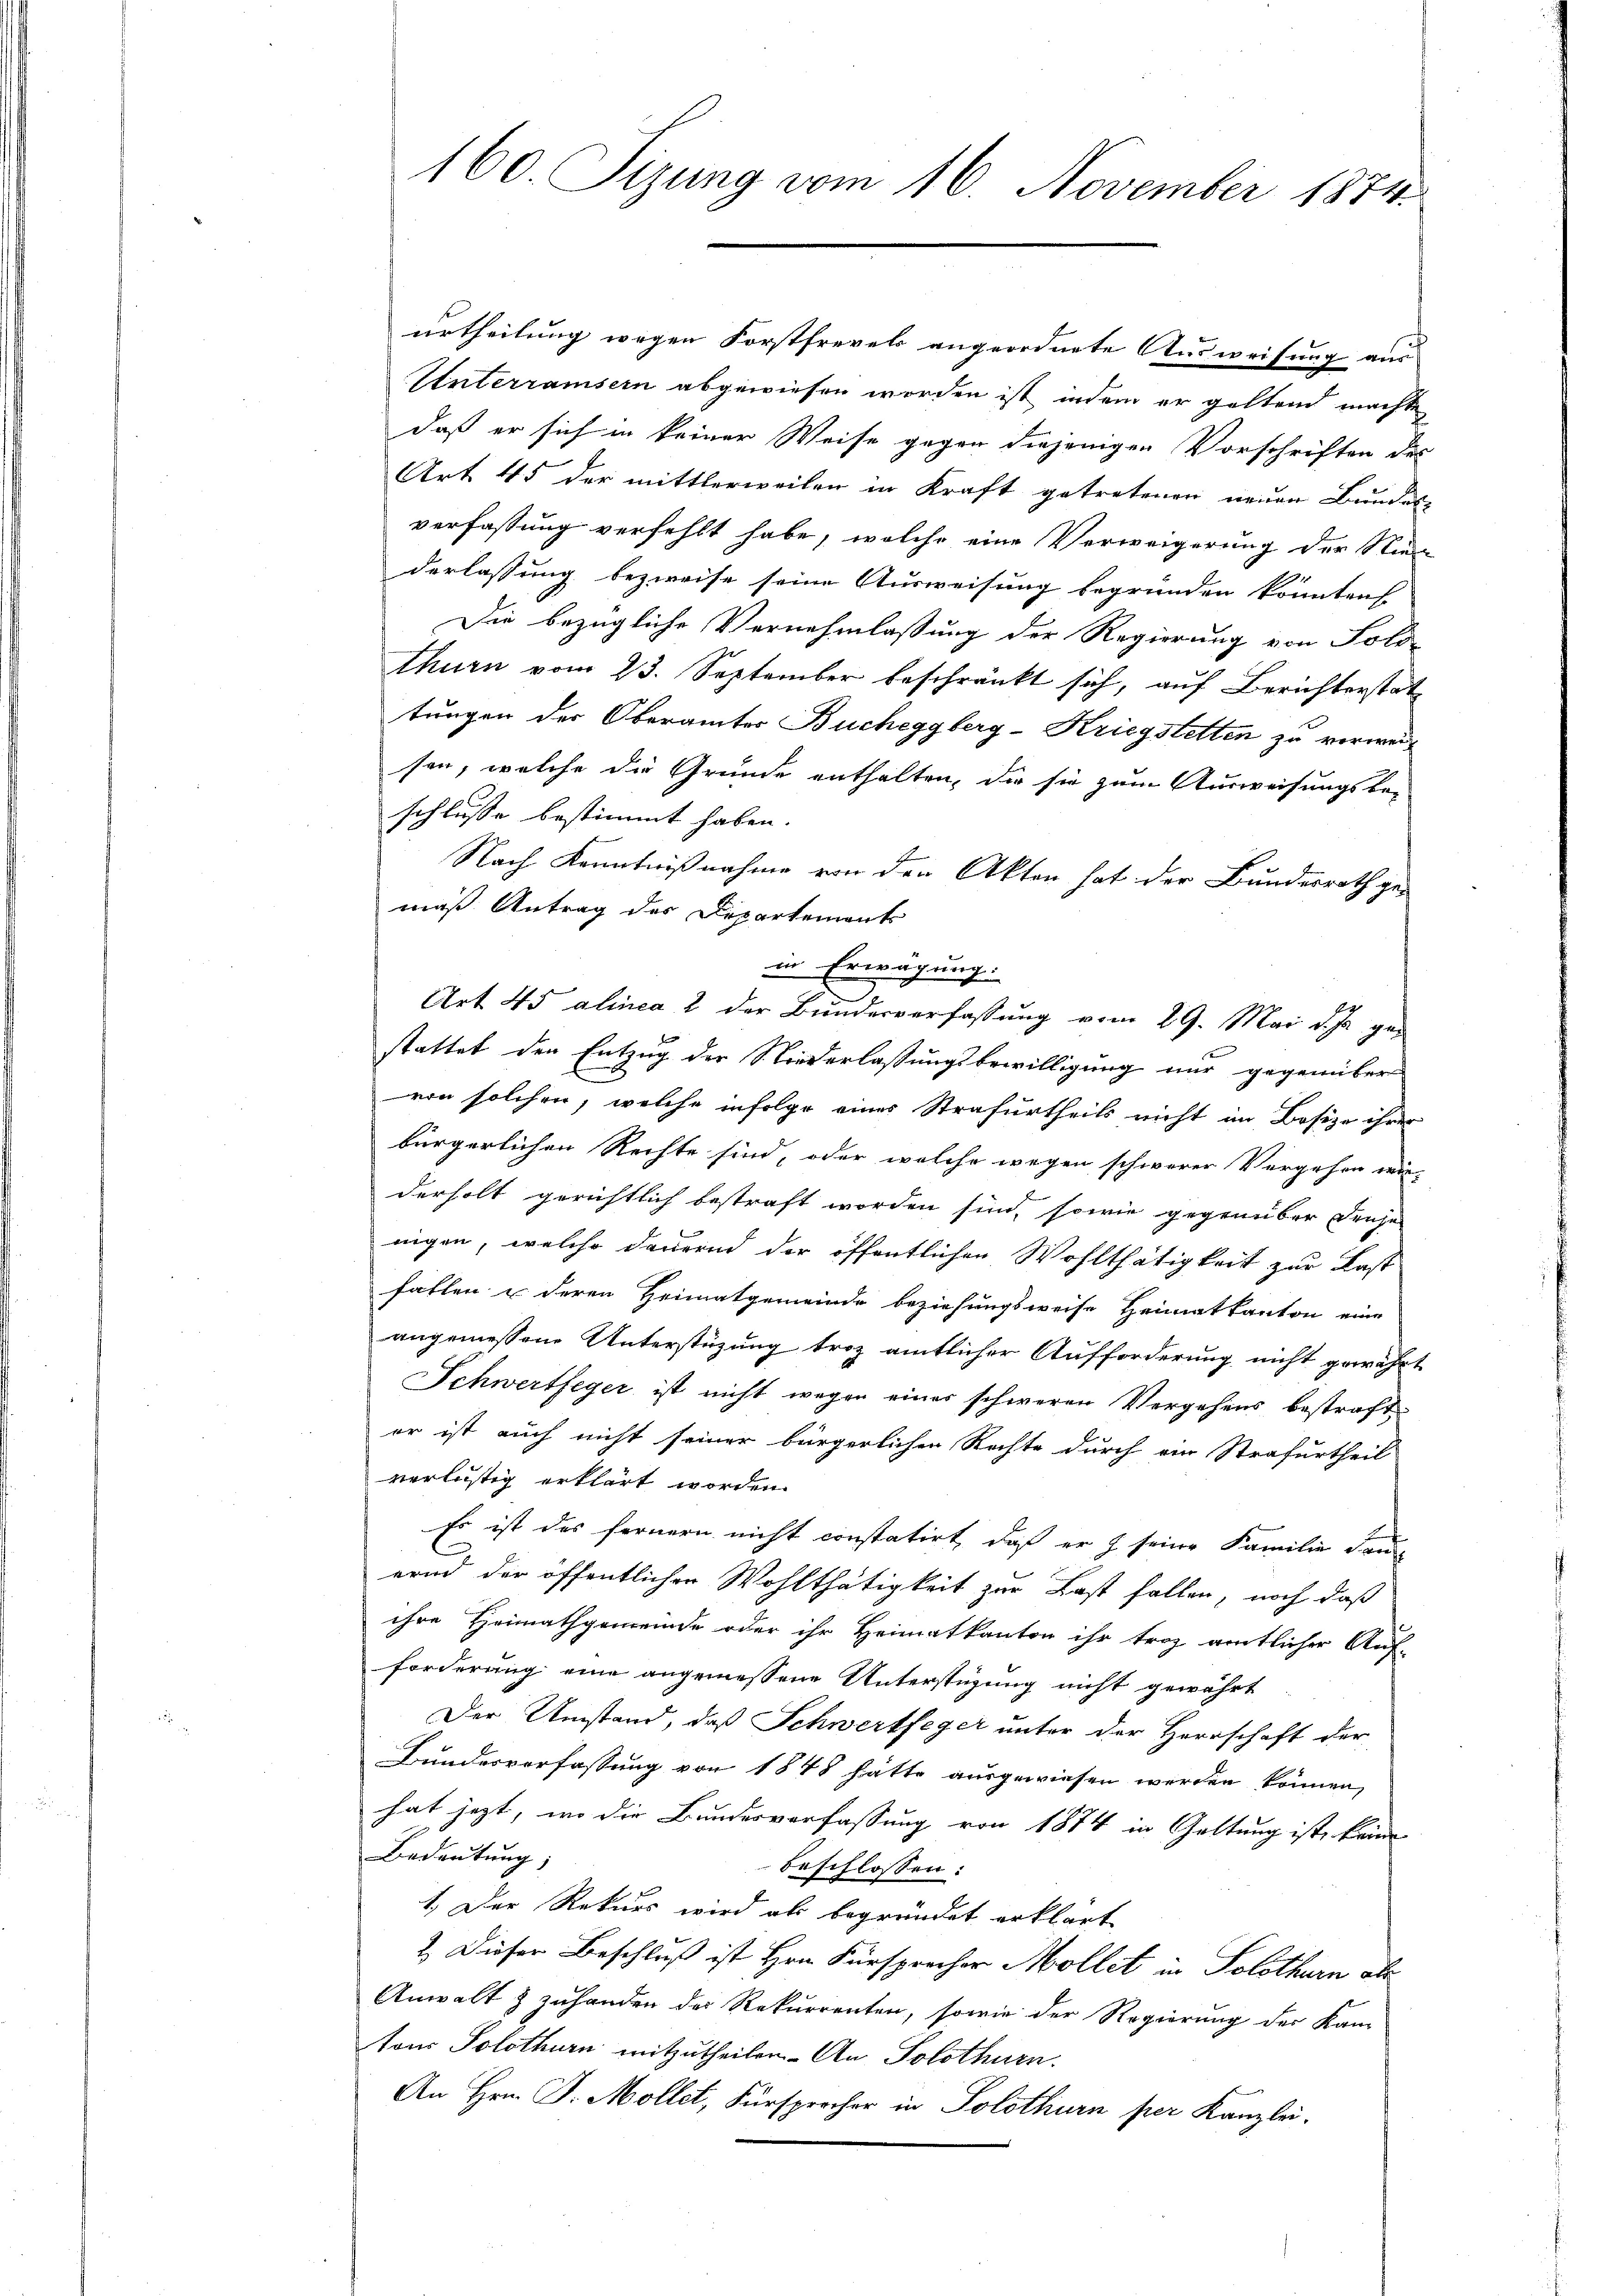
160 Sizung vom 16. November 1874.

urtheilung wegen Forstfrevels angeordnete Ausweisung aus
Unterramsern abgewiesen worden ist, indem er geltend machte
daß er sich in keiner Weise gegen diejenigen Vorschriften des
Art. 45 der mittlerweilen in Kraft getretenen neuen Bundes-
verfassung verfehlt habe, welche eine Verweigerung der Nie
derlassung bezweife seine Ausweisung begründen könnten
Die bezügliche Vernehmlassung der Regierung von Sold-
thurn vom 23. September beschränkt sich, auf Berichterstattungen der Oberämter Bucheggberg-Kriegstetten zu verweisen, welche die Grunde enthalten, die sie zum Ausweisungsbe-
schlusse bestimmt haben.
Nach Kenntnißnahme von den Akten hat der Bundesrath ge-
maß. Antrag des Departements
in Erwägung.
Art 45 alinea 2 der Bunderverfassung vom 29. Mai d. Js. gestattet den Entzug der Niederlaßungsbewilligung nur gegenüber
von solchen, welche infolge eines Strafurtheils nicht im Besize ihrer
bürgerlichen Rechte sind, oder welche wegen schwerer Vergehen wie-
derholt gerichtlich bestraft worden sind, sowie gegenüber dense
nigen, welche dauernd der öffentlichen Wohlthätigkeit zur Last
fallen u deren Heimatgemeinde beziehungsweise Heimatkanton eine
angemessene Unterstüzung trotz amtlicher Aufforderung nicht gewährt
Schwertfeger ist nicht wegen eines schweren Vergehens bestraft
er ist auch nicht seiner bürgerlichen Rechte durch ein Strafurtheil
verlustig erklärt worden.
Es ist das fernern nicht constatirt, daß er f seine Familie dann
ernd der öffentlichen Wohlthätigkeit zur Last fallen, noch daß
ihre Heimathgemeinde oder ihr Heimatkanton ihr trotz amtlicher Auf-
forderung eine angemessene Unterstüzung nicht gewährt
Der Umstand, daß Schwertfeger unter der Herrschaft der
Bundesverfassung von 1848 hätte ausgewiesen werden können,
hat jetzt, wo die Bundesverfassung von 1874 in Geltung ist, keine
Bedeutung,
beschlossen:
1.) Der Rekurs wird als begründet erklärt
2. Dieser Beschluß ist Hrn. Fürsprecher Mollet in Solothurn aber
Anwalt & zuhanden der Rekurrenten, sowie der Regierung der Kam
tons Solothurn mitzutheilen. An Solothurn.
An Hrn. J. Mollet, Fürsprecher in Solothurn per Kanzlei.